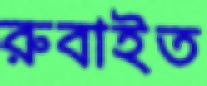
রুবাইত